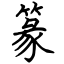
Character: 篆